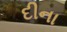
દીના